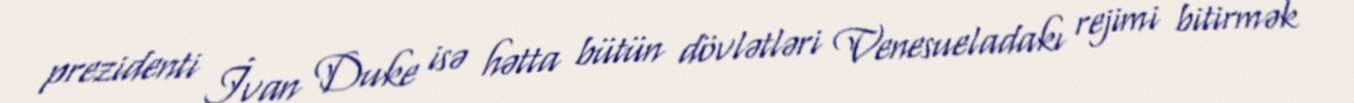
prezidenti İvan Duke isə hətta bütün dövlətləri Venesueladakı rejimi bitirmək